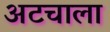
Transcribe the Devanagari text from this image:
अटचाला